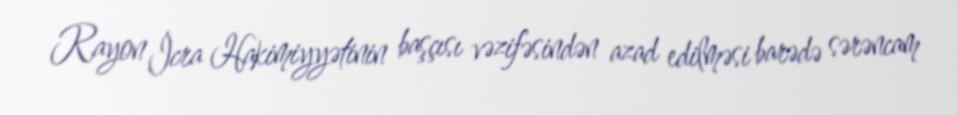
Rayon İcra Hakimiyyətinin başçısı vəzifəsindən azad edilməsi barədə sərəncam